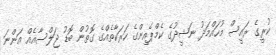
ކުރީގެ ރައީސް މުހައްމަދު ނަޝީދުގެ ކެމްޕެއިންގެ ހަރަކާތެއްގެ ގޮތުން ބޮޑު ޖަލްސާއެއް އަންނަ